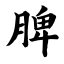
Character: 脾